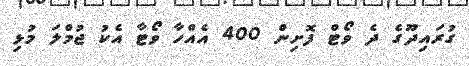
ގުރައިދޫގެ ދެ ވޯޓް ފޮށިން 400 އެއްހާ ވޯޓާ އެކު ޖުމްލަ މުޅި